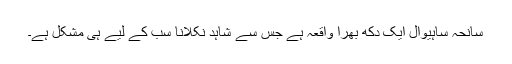
سانحہ ساہیوال ایک دکھ بھرا واقعہ ہے جس سے شاہد نکلانا سب کے لیے ہی مشکل ہے۔